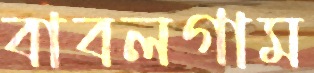
বাবলগাম